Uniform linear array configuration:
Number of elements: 12
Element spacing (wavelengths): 0.5
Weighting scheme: exponential
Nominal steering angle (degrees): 45
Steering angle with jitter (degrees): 46.585
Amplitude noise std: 0.05
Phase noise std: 0.05

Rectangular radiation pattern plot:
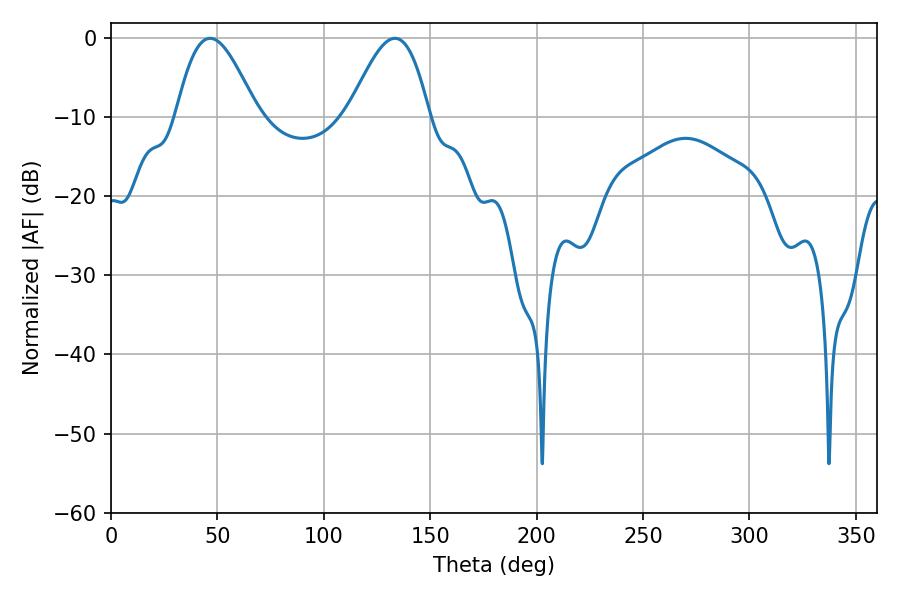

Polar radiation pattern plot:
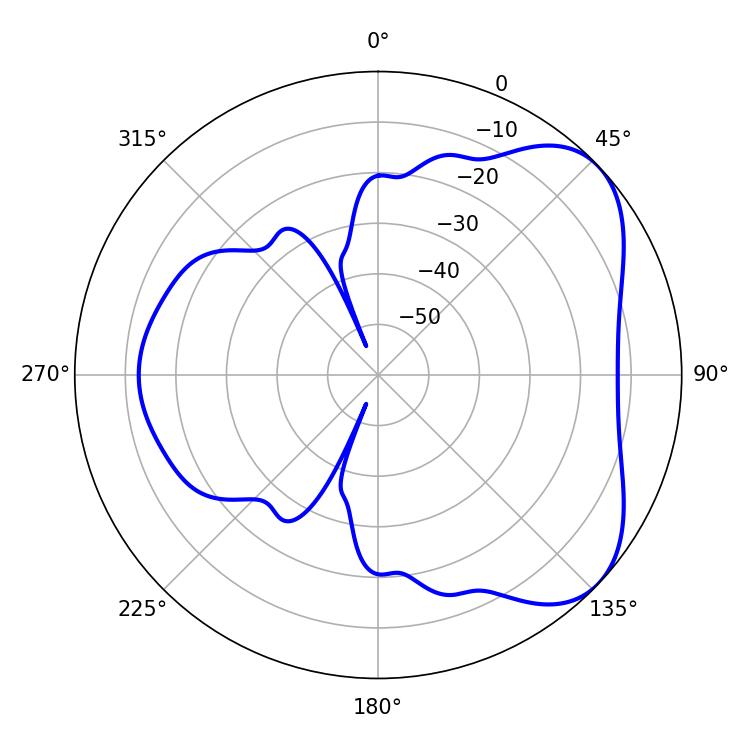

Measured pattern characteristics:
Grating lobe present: FALSE
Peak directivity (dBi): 5.354
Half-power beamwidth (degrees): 20.34
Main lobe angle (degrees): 46.62